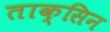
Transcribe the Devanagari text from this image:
ताक्सिन